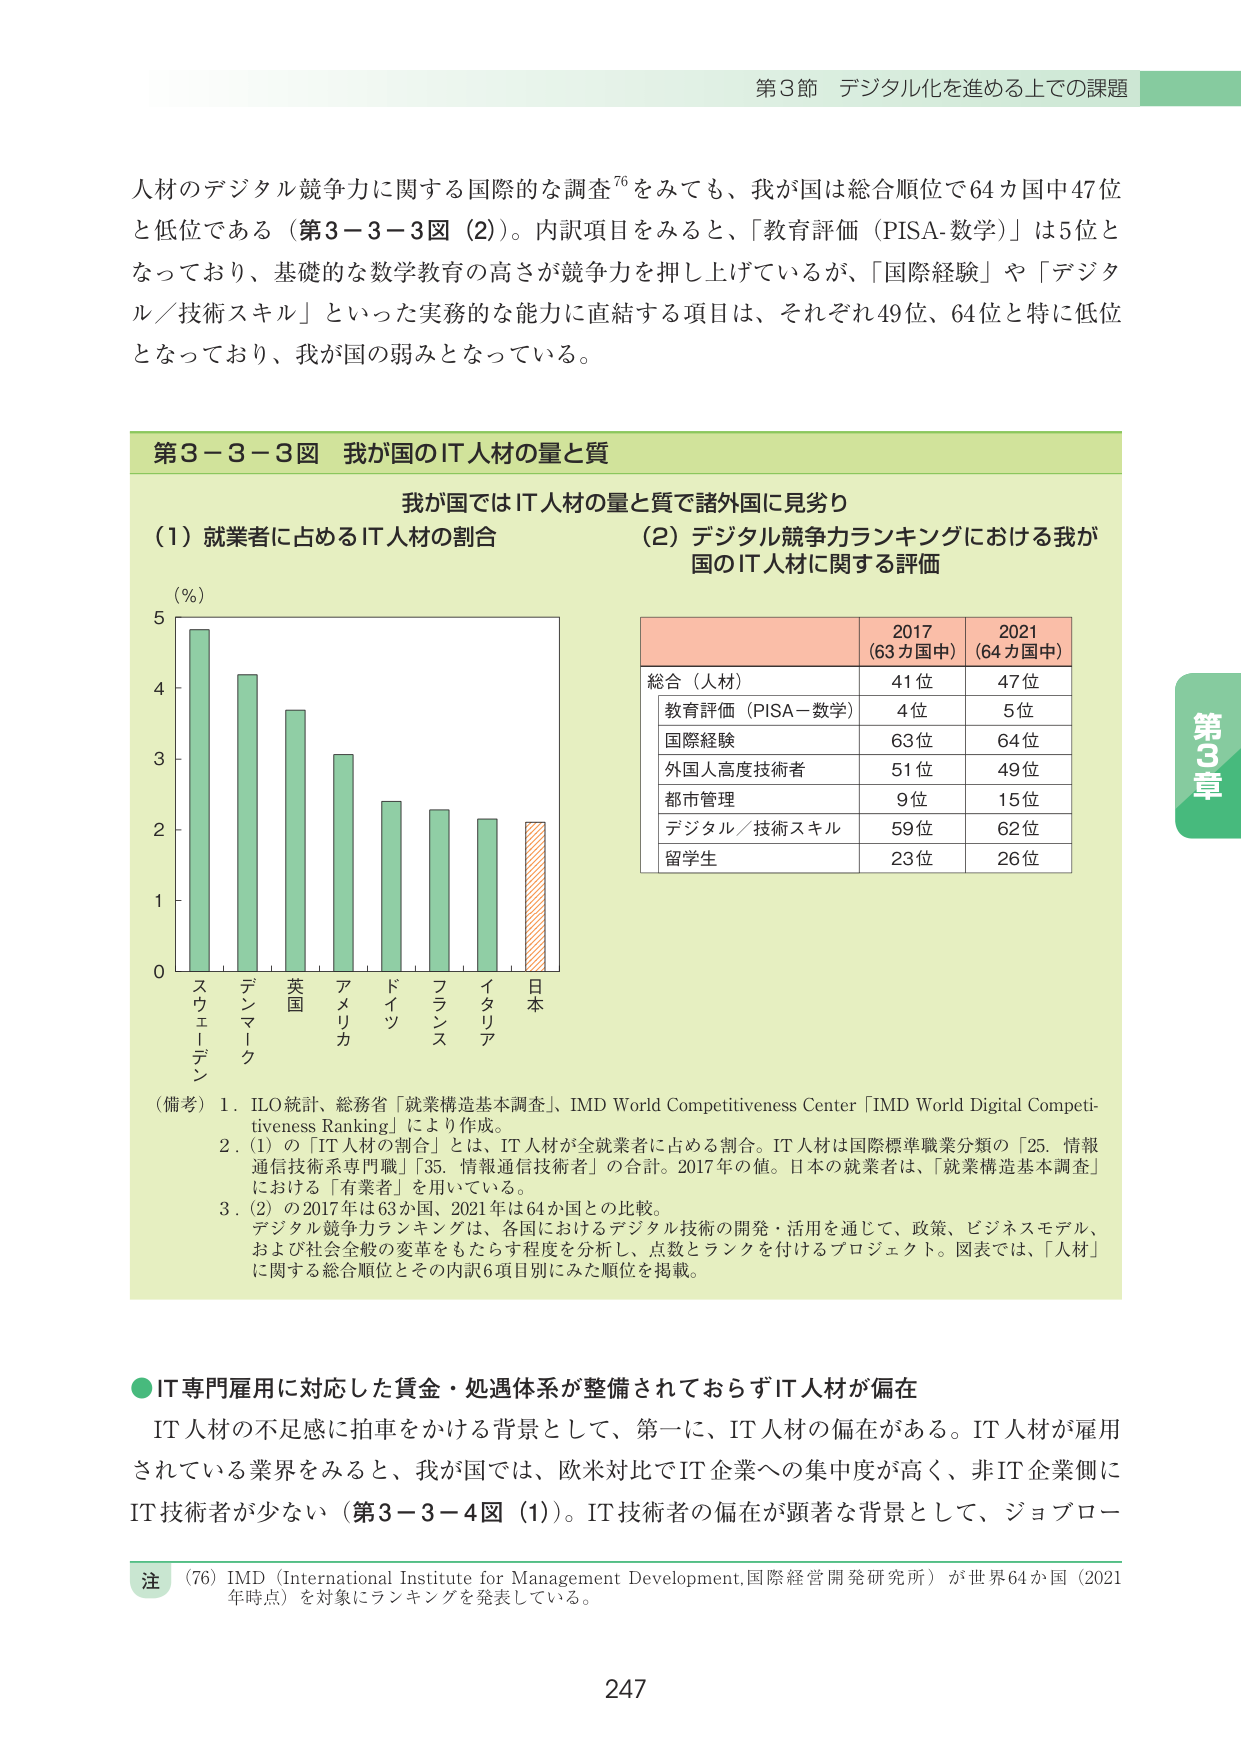
第3節 デジタル化を進める上での課題

人材のデジタル競争力に関する国際的な調査⁷⁶をみても、我が国は総合順位で64カ国中47位と低位である（第3－3－3図（2））。内訳項目をみると、「教育評価（PISA-数学）」は5位となっており、基礎的な数学教育の高さが競争力を押し上げているが、「国際経験」や「デジタル／技術スキル」といった実務的な能力に直結する項目は、それぞれ49位、64位と特に低位となっており、我が国の弱みとなっている。

第3－3－3図 我が国のIT人材の量と質

我が国ではIT人材の量と質で諸外国に見劣り

（1）就業者に占めるIT人材の割合

（%）
5
4
3
2
1
0

スウェーデン
デンマーク
英国
アメリカ
ドイツ
フランス
イタリア
日本

（2）デジタル競争力ランキングにおける我が国のIT人材に関する評価

2017（63カ国中） 2021（64カ国中）
総合（人材） 41位 47位
教育評価（PISA－数学） 4位 5位
国際経験 63位 64位
外国人高度技術者 51位 49位
都市管理 9位 15位
デジタル／技術スキル 59位 62位
留学生 23位 26位

（備考）1．ILO統計、総務省「就業構造基本調査」、IMD World Competitiveness Center「IMD World Digital Competitiveness Ranking」により作成。
2．（1）の「IT人材の割合」とは、IT人材が全就業者に占める割合。IT人材は国際標準職業分類の「25．情報通信技術系専門職」「35．情報通信技術者」の合計。2017年の値。日本の就業者は、「就業構造基本調査」における「有業者」を用いている。
3．（2）の2017年は63か国、2021年は64か国との比較。デジタル競争力ランキングは、各国におけるデジタル技術の開発・活用を通じて、政策、ビジネスモデル、および社会全般の変革をもたらす程度を分析し、点数とランクを付けるプロジェクト。図表では、「人材」に関する総合順位とその内訳6項目別にみた順位を掲載。

●IT専門雇用に対応した賃金・処遇体系が整備されておらずIT人材が偏在

IT人材の不足感に拍車をかける背景として、第一に、IT人材の偏在がある。IT人材が雇用されている業界をみると、我が国では、欧米対比でIT企業への集中度が高く、非IT企業側にIT技術者が少ない（第3－3－4図（1））。IT技術者の偏在が顕著な背景として、ジョブロー

注 （76）IMD（International Institute for Management Development, 国際経営開発研究所）が世界64か国（2021年時点）を対象にランキングを発表している。

247

第3章